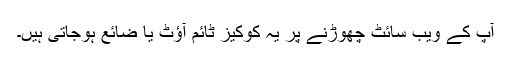
آپ کے ویب سائٹ چھوڑنے پر یہ کوکیز ٹائم آؤٹ یا ضائع ہوجاتی ہیں۔